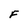
Character: F